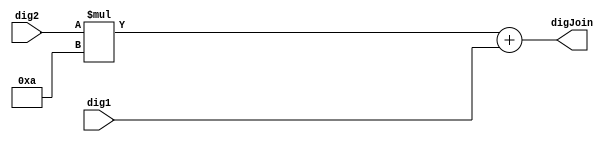
// takes [dig2 dig1] for ex 2 and 6 and changes them into [dig2dig1] together for ex 26 (all values in binary)
module digitJoiner(dig1, dig2, digJoin);

    input [3:0] dig1, dig2;
    output [6:0] digJoin; //need 7 bits to get up to 99

    //multiply dig2 by 10 need 7 bits to get up to 90
    wire [6:0] dig10;
    assign dig10 = dig2 * 4'b1010;

    //add new value to dig1 to get their actual binary value
    assign digJoin = dig10 + dig1;
    
endmodule